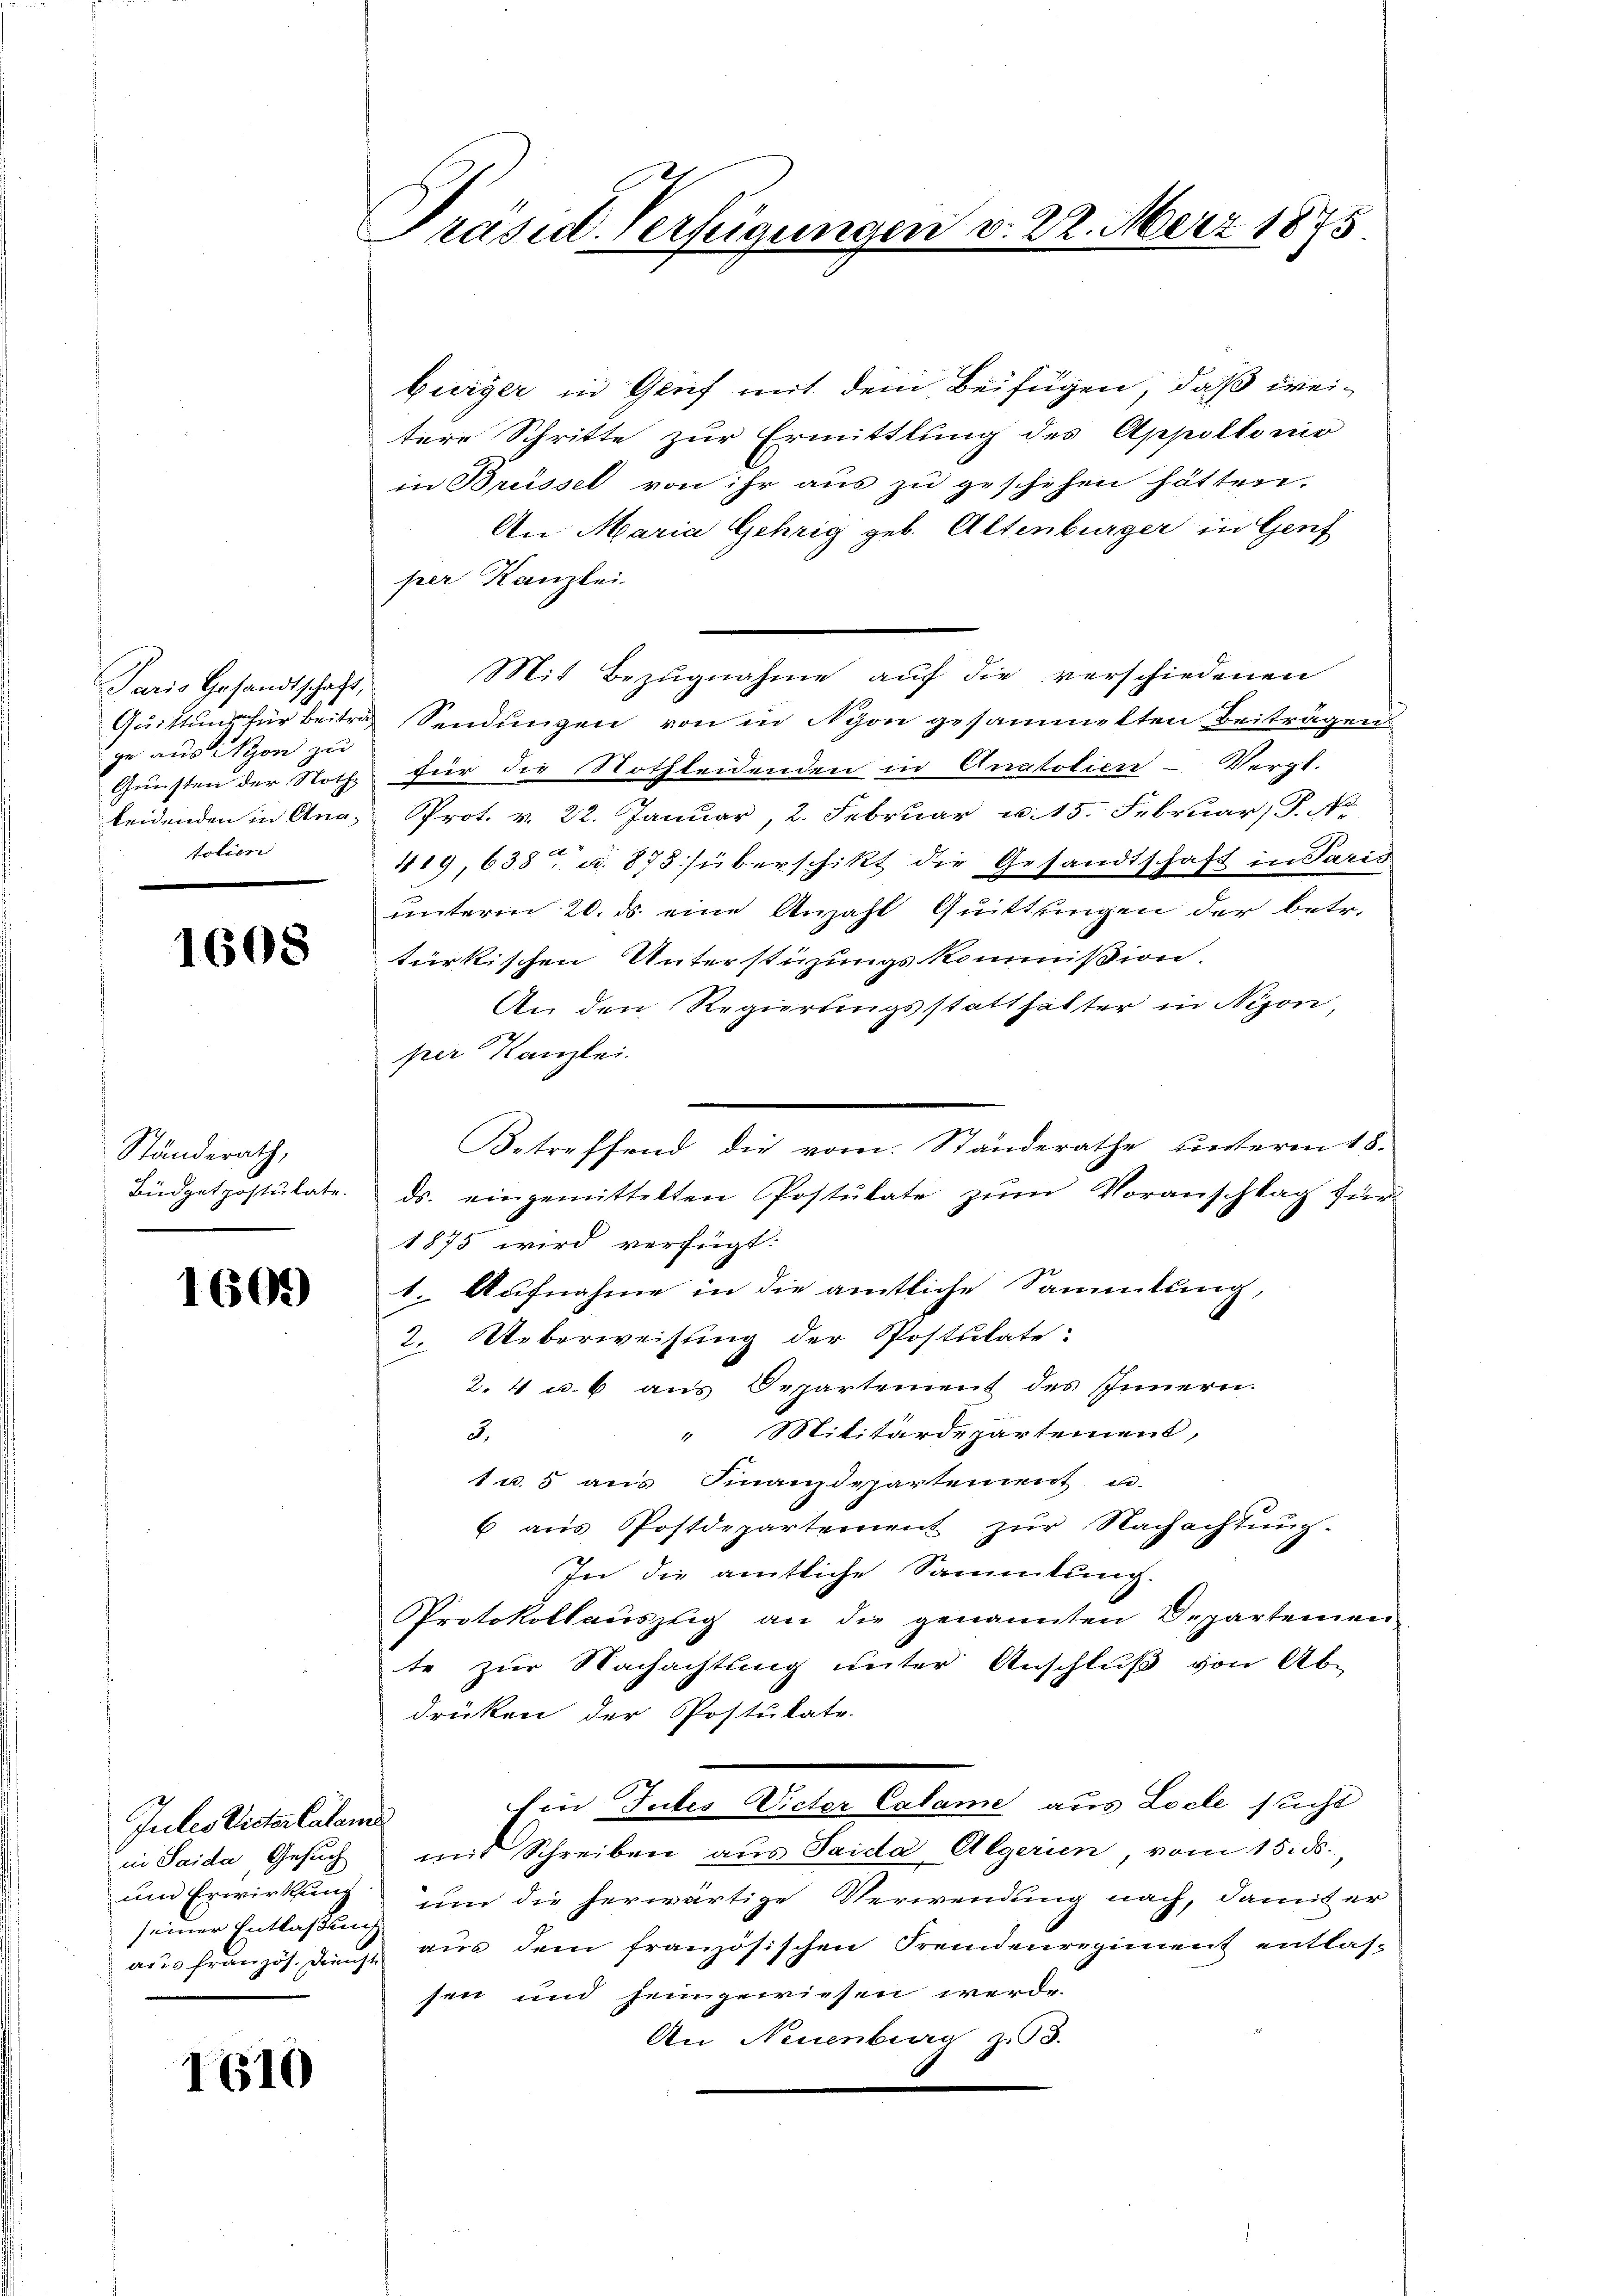
Paris Gesandtschaft,
ge aus Nyon zu
Gunsten der Noth-
leidenden in Anatolien

1608

Standerath,
Büdgetpostulate.

1609

Jutes Victor Calam
in Saida, Gesuch
seiner Entlaßung

1610

Präsid. Verfügungen v. 22. März 1875

bürger in Genf mit dem Beifügen, daß weitere Schritte zur Ermittlung des Appoltonio
in Brüssel von ihr aus zu geschehen hätten.
An Maria Gehrig geb. Altenburger in Genf
per Kanzlei.
Mit Bezugnahme auf die verschiedenen
Quittung für Beitrag Sendungen von in Nyon gesammelten Beiträgen
für die Nothleidenden in Anatolien- Vergt.
Prot. v. 22. Januar, 2. Februar u. 15. Februar, P. A
419, 638 u. 875 überschikt die Gesandtschaft in Paris
unterm 20. ds eine Anzahl Quittungen der betr.
türkischen Unterstüzungskommission
An den Regierungsstatthalter in Nizon,
per Kanzlei.
Betreffend die vom Standerathe unterm 18.
ds. eingemittelten Postulate zum Voranschlag für
1875 wird verfügt:
1. Aufnahme in die amtliche Sammlung,
2. Ueberweisung der Postulate:
2. 4 u. 6 aus Departement des Innern.
" Militärdepartement,
3.
1 u. 5 aus Finanzdepartement u
6 aus Postdepartement zur Nachachtung.
In die amtliche Sammlung.
Protokollauszug an die genannten Departemen
te zur Nachachtung unter Anschluß von Ab-
drüken der Postulate.
Ein Julis Victer Calame aus Locle sucht
mit Schreiben aus Saida Algerien vom 15. ds.
un Erwirkung um die herwärtige Verwendung nach, damit er
aus französ. Diens aus dem französischen Fremdenregiment entlas-
sen und seingewiesen werde.
An Neuenburg z. B.